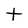
Character: t